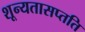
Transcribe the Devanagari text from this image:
शून्यतासप्तति